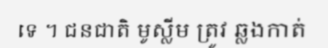
ទេ ។ ជនជាតិ មូស្លីម ត្រូវ ឆ្លងកាត់